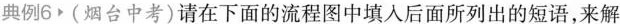
典例6 (烟台中考)请在下面的流程图中填入后面所列出的短语，来解